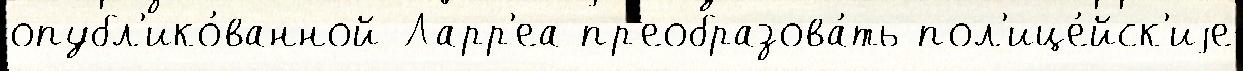
опубл'ико́ванной Ларр'еа пр'еобразова́ть пол'ице́йск'иjе